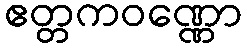
ဧတ္တကဝဏ္ဏော